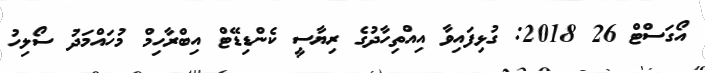
އޯގަސްޓް 26 2018: ގުޅިފައިވާ އިއްތިހާދުގެ ރިޔާސީ ކެންޑިޑޭޓް އިބްރާހިމް މުހައްމަދު ސޯލިހު